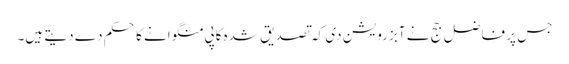
جس پر فاضل جج نے آبزرویشن دی کہ تصدیق شدہ کاپی منگوانے کا حکم دے دیتے ہیں۔